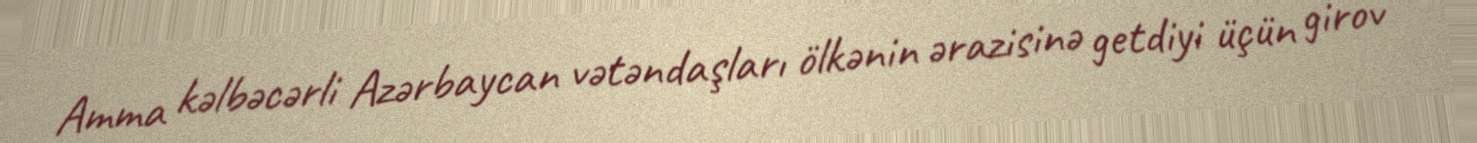
Amma kəlbəcərli Azərbaycan vətəndaşları ölkənin ərazisinə getdiyi üçün girov